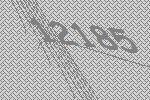
12185